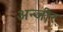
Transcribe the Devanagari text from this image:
अन्जीर